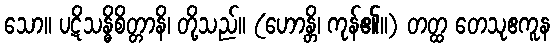
သော။ ပဋိသန္ဓိစိတ္တာနိ၊ တို့သည်။ (ဟောန္တိ၊ ကုန်၏။) တတ္ထ တေသုဧကူန